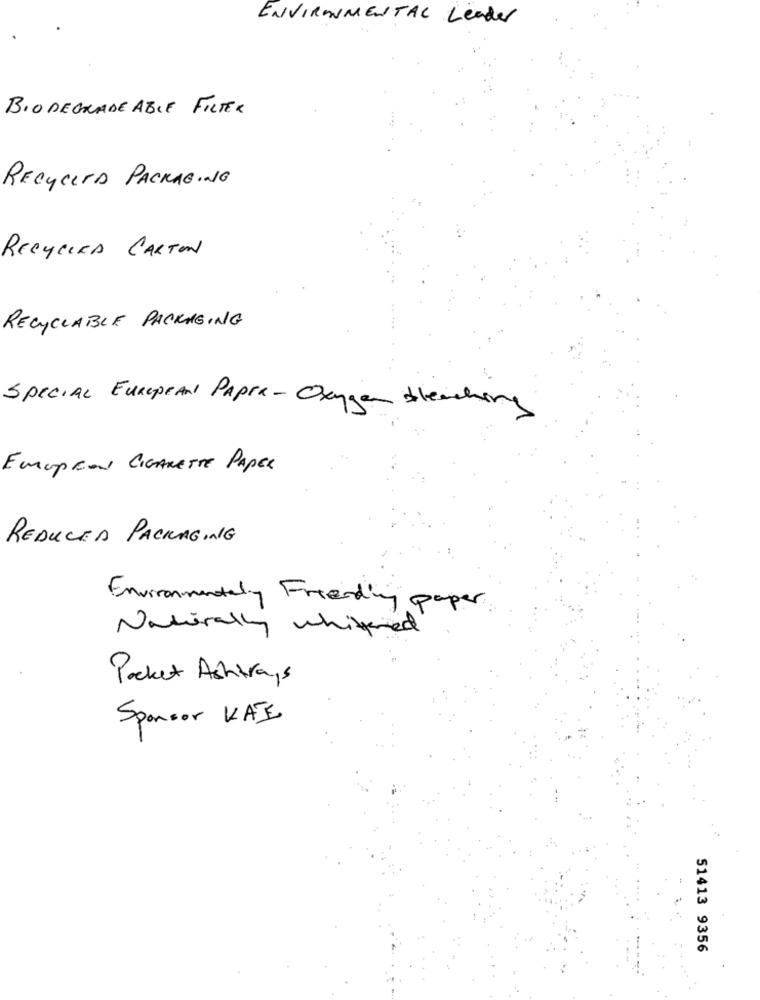
ENVIRONMENTAL Leader
BIO DEGRADE ABLE FILTER
RECYCITA PACKAGING
RECYCERA CARTON
RECYCLABLE PACKAGING
SPECIAL EUROPEAN PAPER- Oxygen bleaching
EMUpCON CIGARETTE PAPEL
REDUCED PACKAGING
Environmentaly Freending paper
Naturally whitered
Pocket Ashtrays
Sponsor KÁE.
51413 9356